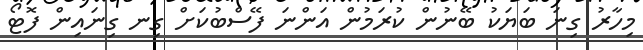
މިހާރު ގިނަ ބަޔަކު ބޭނުން ކުރަމުން އަންނަ ފޭސްބުކަށް ގިނ ގިނައިން ފޮޓޯ